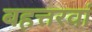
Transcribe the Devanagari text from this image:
बहत्तरवां